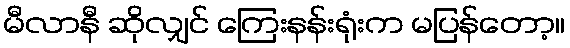
မီလာနီ ဆိုလျှင် ကြေးနန်းရုံးက မပြန်တော့။